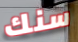
سنك